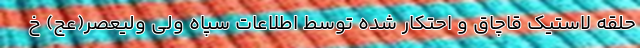
حلقه لاستیک قاچاق و احتکار شده توسط اطلاعات سپاه ولی ولیعصر(عج) خ